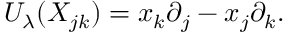
U _ { \lambda } ( X _ { j k } ) = x _ { k } \partial _ { j } - x _ { j } \partial _ { k } .